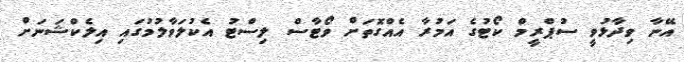
އޭނާ ވިދާޅުވީ ސުޕްރީމް ކޯޓުގެ އަމުރާ އެއްގޮތަށް ވޯޓާސް ލިސްޓު އެކުލަވާލުމުގައި އިލެކްޝަނަށް